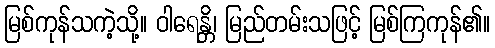
မြစ်ကုန်သကဲ့သို့။ ဝါရေန္တိ၊ မြည်တမ်းသဖြင့် မြစ်ကြကုန်၏။